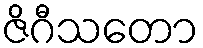
ဇိဂီသတော